Bréfritari: Helga Jónsdóttir Austmann
Viðtakandi: Daníel Halldórsson
Dagsetning: A-1890-03-20
Skrifað á: Flautagerði

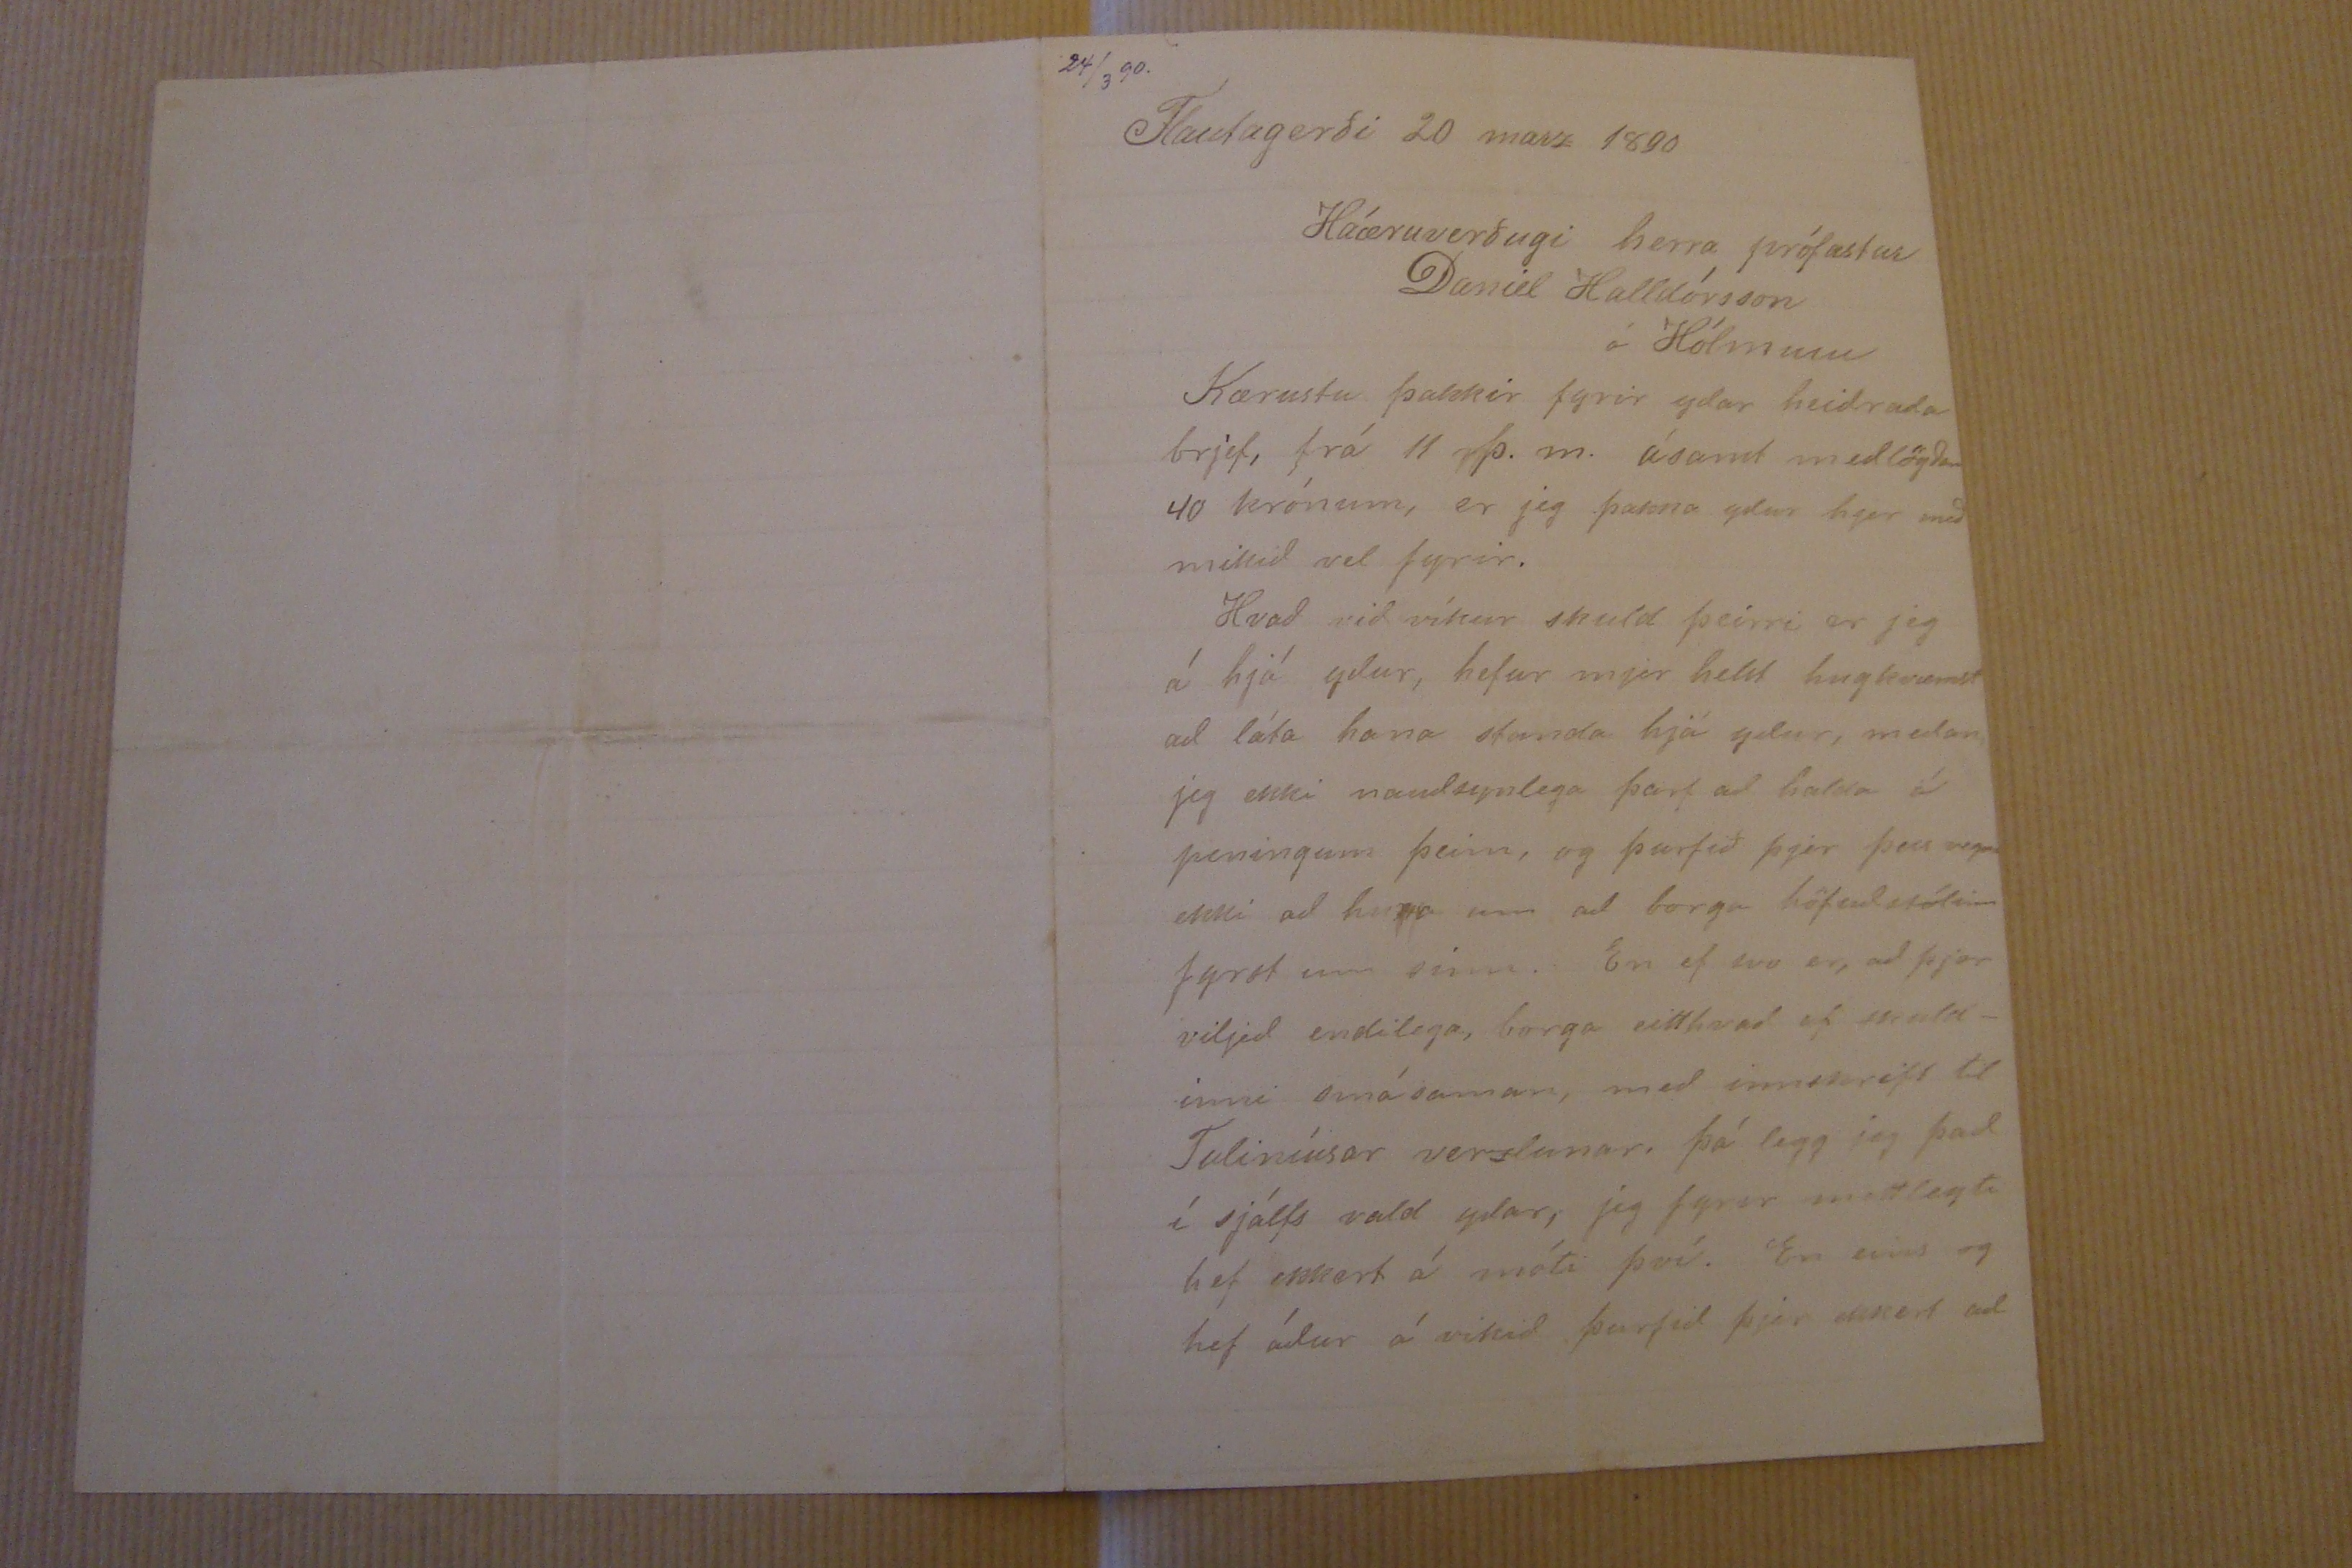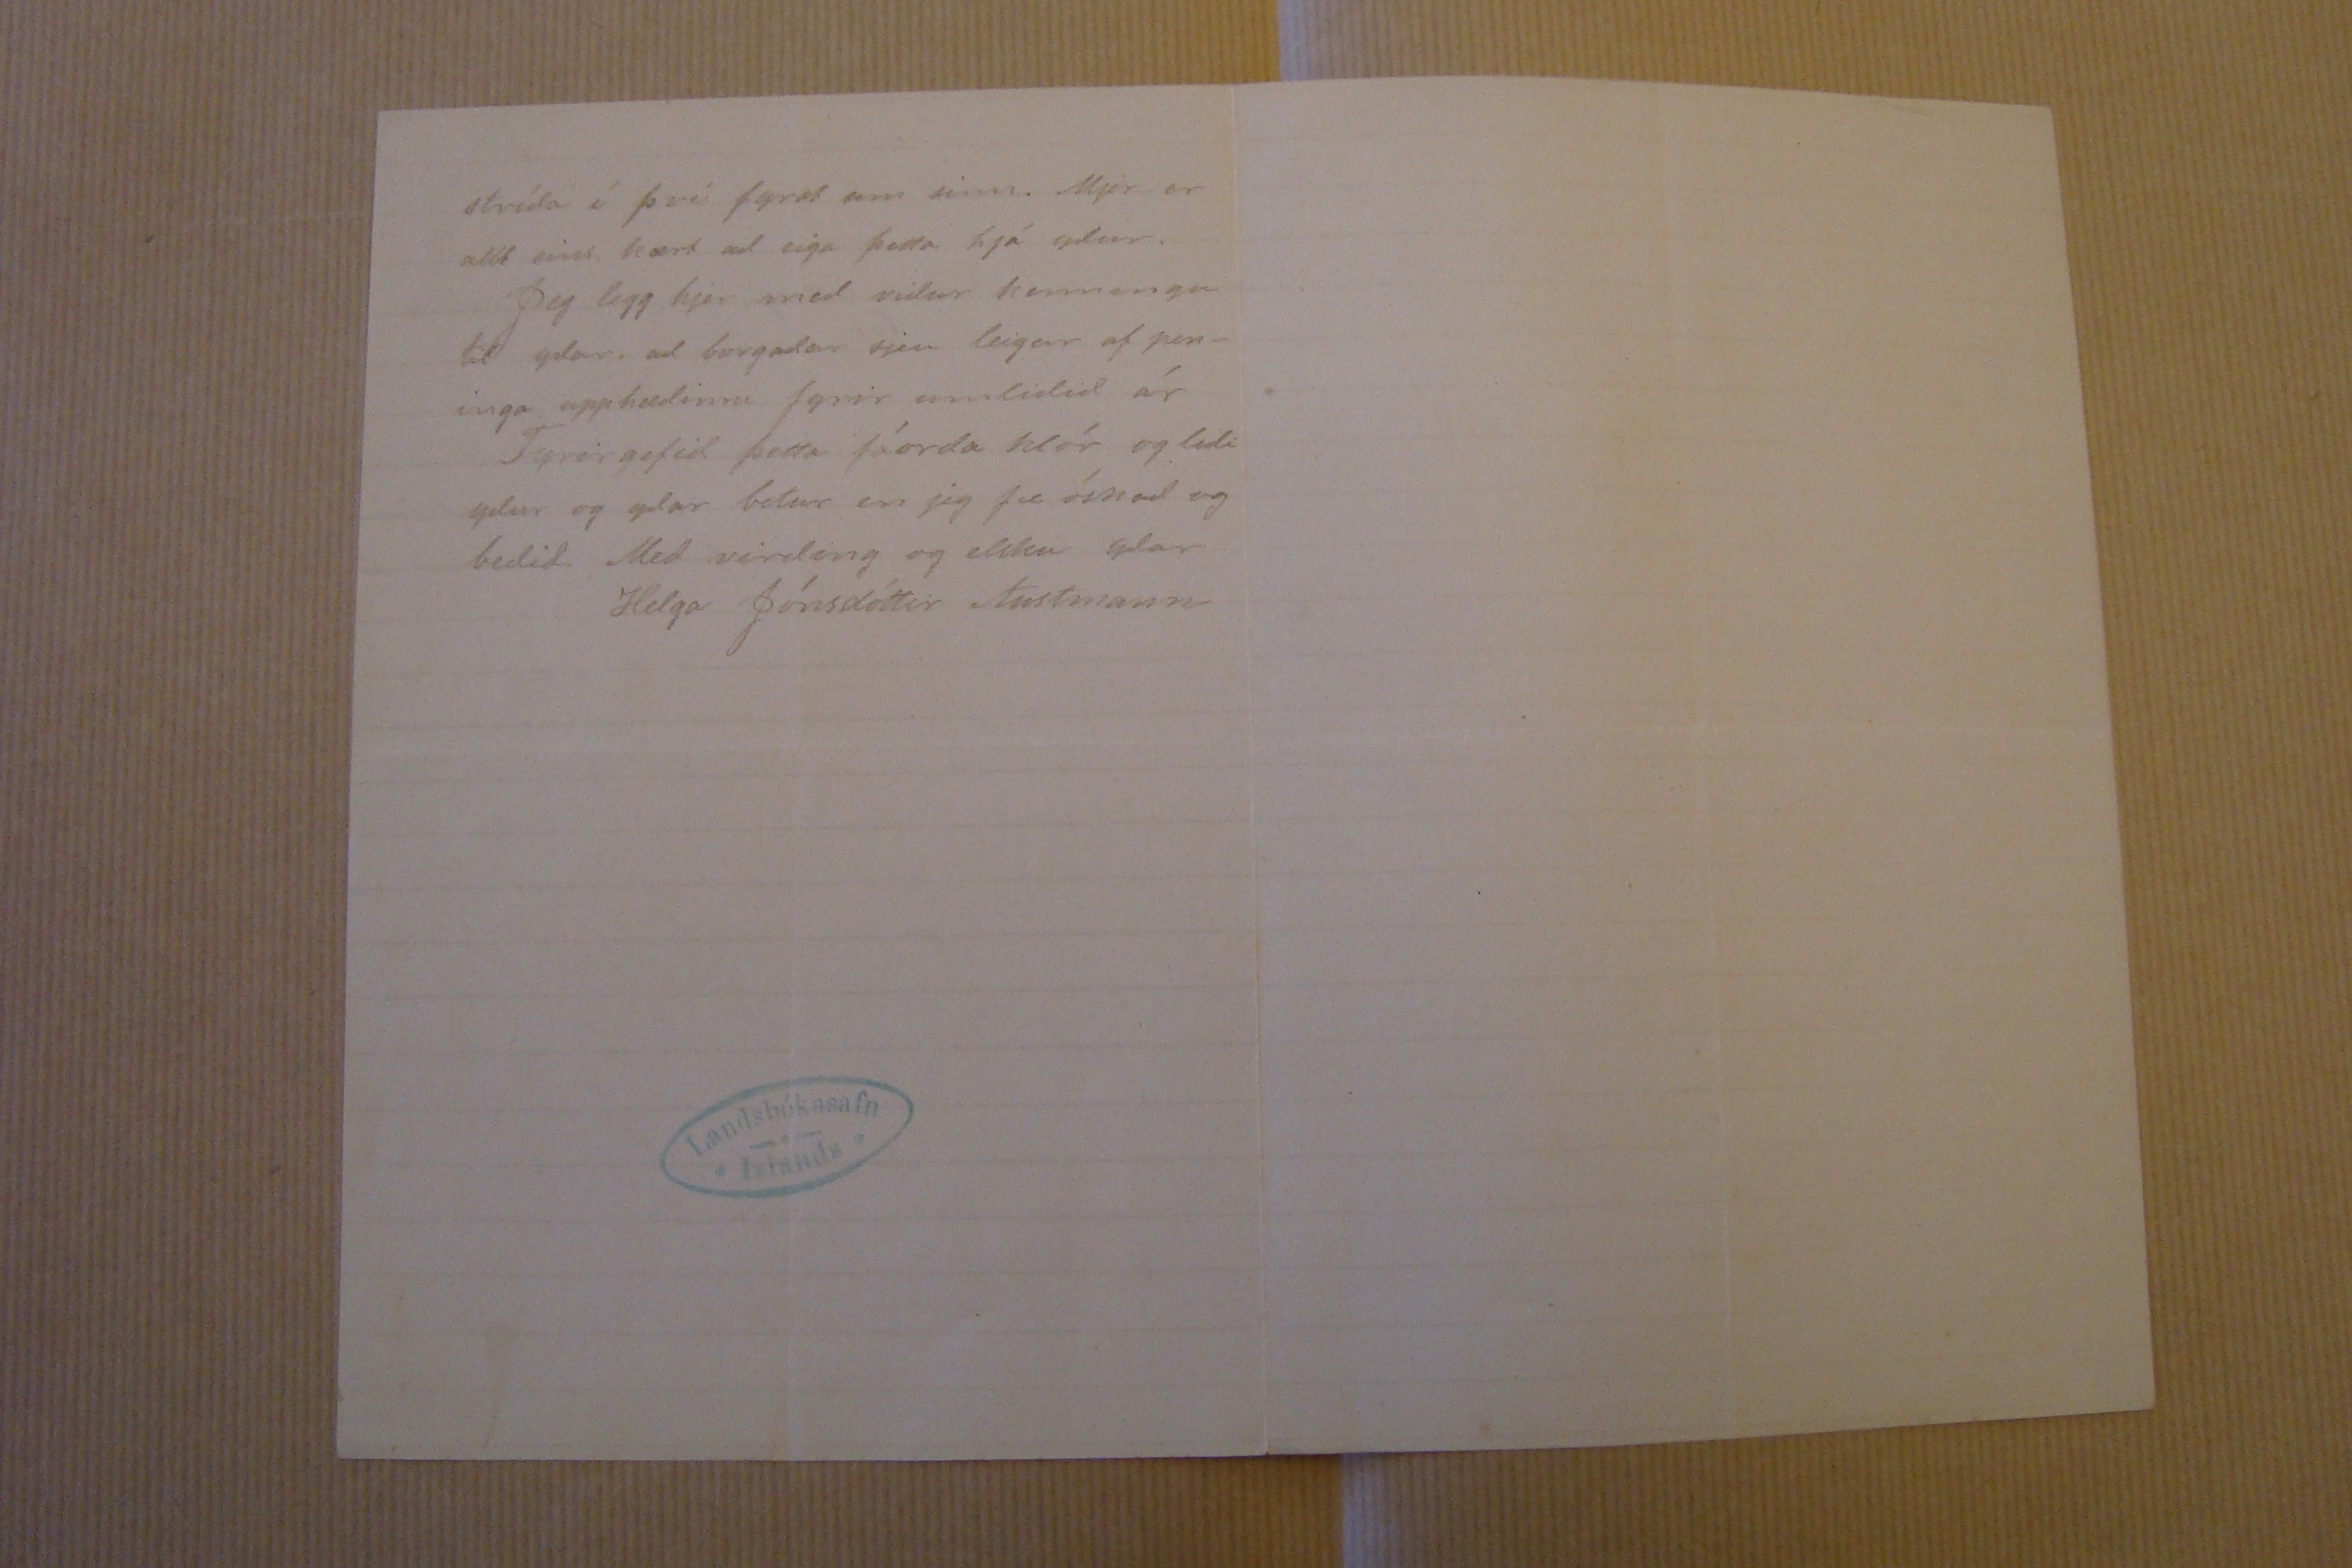

Flautagerði 20 marz 1890
Háæruverðugi herra prófastur Daniel Halldórsson
Kærustu þakkir fyrir yðar heiðraða brjef, rá 11 þ. m. ásamt meðlögðum 40 krónum, er jeg þakka yður hjer með mikið vel fyrir. Hvað við víkur skuld þeírri er jeg á hjá yður, hefur mjer helst hugkvæmst að láta hana standa hjá yður, meðan jeg ekki nauðsynlega þarf að halda á peningum þeim, og þurfið þjer þess vegna ekki að huxa um að borga höfuðstólinn fyrst um sinn. En ef svo er, að þjer viljið endilega, borga eitthvað af skuld= inni smásaman, með innskrift til Taliníusar verslunar, þá legg jeg það í sjálfs vald yðar, jeg fyrir mitt leyti hef ekkert á móti því. En eins og hef áður á vikið þurfið þjer ekkert að
stríða í því fyrst um sinn. Mjer er allt eins kært að eiga þetta hjá yður. Jeg legg hjer með viður kenningu til yðar, að borgað
ar
sjeu leigur af pen- inga upphæðinni fyrir umliðið ár Fyrirgefið þetta fáorða klór og liði yður og yðar betur en jeg fæ óskað og beðið Með virðing og elsku yðar
Helga Jónsdóttir Austmann